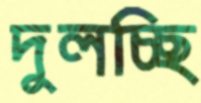
দুলচ্ছি